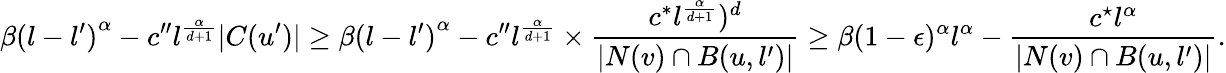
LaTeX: \beta{(l-l^{\prime})}^{\alpha}-c^{\prime\prime}l^{\frac{\alpha}{d+1}}|C(u^{\prime})|\geq\beta{(l-l^{\prime})}^{\alpha}-c^{\prime\prime}l^{\frac{\alpha}{d+1}}\times\frac{c^{*}l^{\frac{\alpha}{d+1}})^{d}}{|N(v)\cap B(u,l^{\prime})|}\geq\beta(1-\epsilon)^{\alpha}l^{\alpha}-\frac{c^{\star}l^{\alpha}}{|N(v)\cap B(u,l^{\prime})|}.